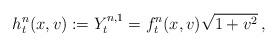
LaTeX: \begin{align*}h^n_t(x,v) :=Y_t^{n,1}= f^n_t(x,v) \sqrt{1+v^2}\,, \end{align*}